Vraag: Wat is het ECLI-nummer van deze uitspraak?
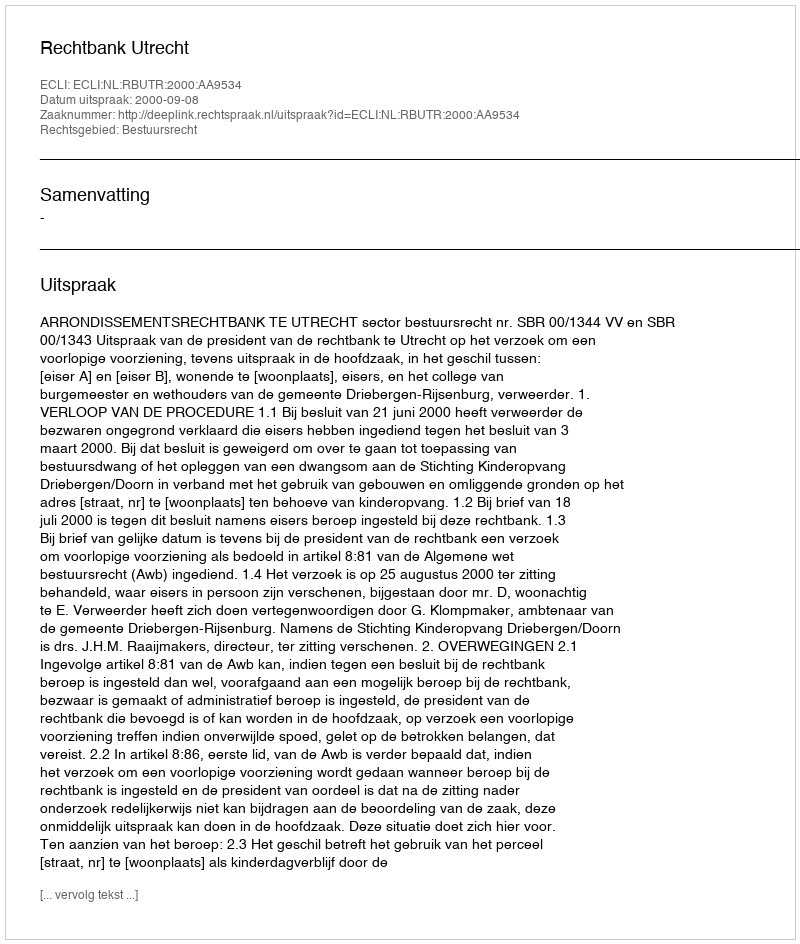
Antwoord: ECLI:NL:RBUTR:2000:AA9534